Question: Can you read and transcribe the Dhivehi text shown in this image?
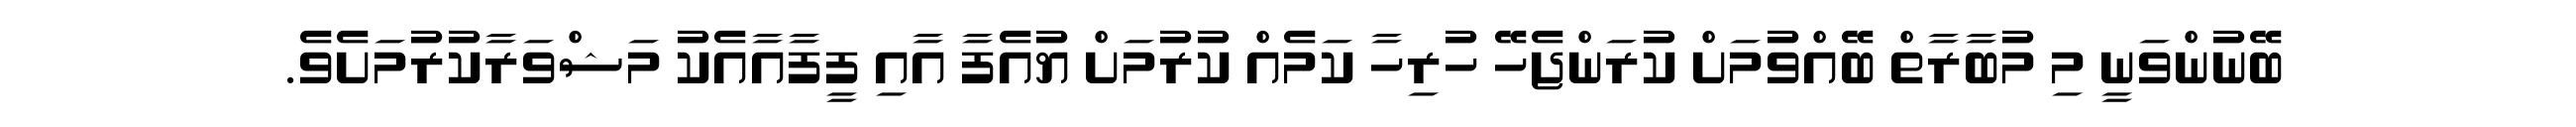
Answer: ބޭނުންވަނީ މި މުބާރާތް ބޭއްވުމަށް ކުރަންޖެހޭ ހުރިހާ ކަމެއް ކުރުމަށް ޔުއެފާ އާއި ފީފާއާއެކު މަޝްވަރާކުރުމަށެވެ.